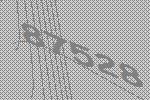
87528